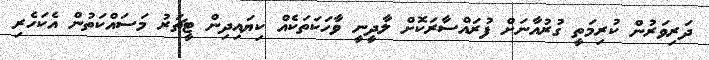
ދަރިވަރުން ކުރިމަތީ ގުރުއާނަށް ފުރައްސާރަކޮށް ލާދީނީ ވާހަކަތަކެއް ކިޔައިދިން ޓީޗަރު މަސައްކަތުން އެކަހެރި